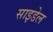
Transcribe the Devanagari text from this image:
साइडेल